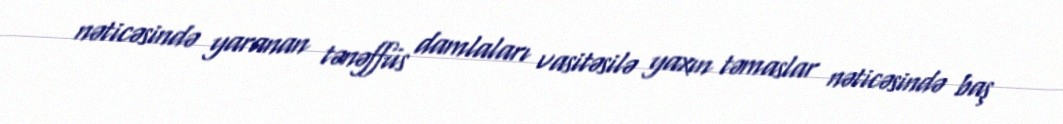
nəticəsində yaranan tənəffüs damlaları vasitəsilə yaxın təmaslar nəticəsində baş